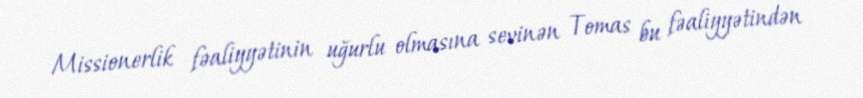
Missionerlik fəaliyyətinin uğurlu olmasına sevinən Tomas bu fəaliyyətindən